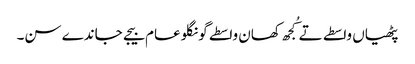
پٹھیاں واسطے تے کُجھ کھان واسطے گونگلو عام بیجے جاندے سن۔